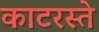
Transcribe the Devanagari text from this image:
काटरस्ते